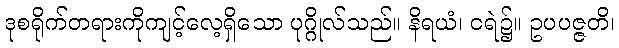
ဒုစရိုက်တရားကိုကျင့်လေ့ရှိသော ပုဂ္ဂိုလ်သည်။ နိရယံ၊ ငရဲ၌။ ဥပပဇ္ဇတိ၊